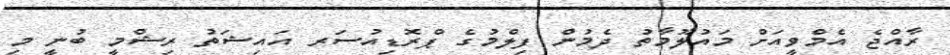
ރާއްޖެ އެމްވީއަށް މައުލޫމާތު ދެމުން ފިލްމުގެ ޕްރޮޑިއުސަރ އައިޝަތު ރިޝްމީ ބުނީ މި